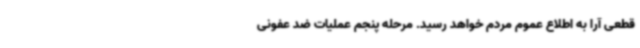
قطعی آرا به اطلاع عموم مردم خواهد رسید. مرحله پنجم عملیات ضد عفونی